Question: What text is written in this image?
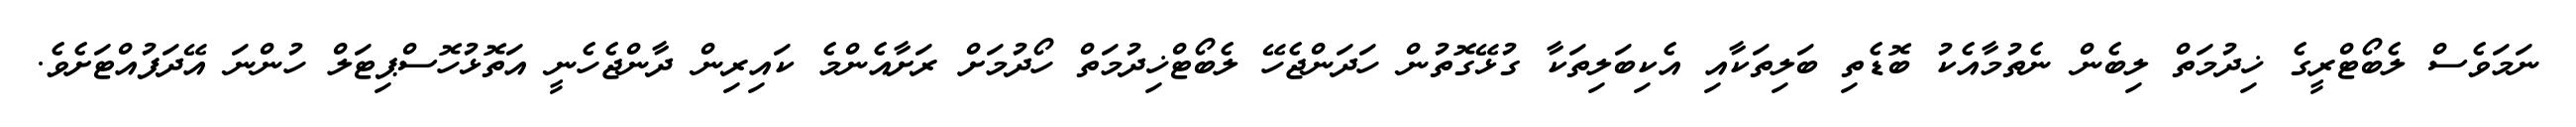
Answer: ނަމަވެސް ލެބޯޓްރީގެ ޚިދުމަތް ލިބެން ނެތުމާއެކު ބޮޑެތި ބަލިތަކާއި އެކިބަލިތަކާ ގުޅޭގޮތުން ހަދަންޖެހޭ ލެބޯޓްޚިދުމަތް ހޯދުމަށް ރަށާއެންމެ ކައިރިން ދާންޖެހެނީ އަތޮޅުހޮސްޕިޓަލް ހުންނަ އޭދަފުއްޓަށެވެ.